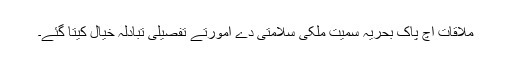
ملاقات اچ پاک بحریہ سمیت ملکی سلامتی دے امورتے تفصیلی تبادلہ خیال کیتا گئے۔